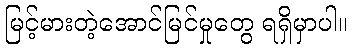
မြင့်မားတဲ့အောင်မြင်မှုတွေ ရရှိမှာပါ။